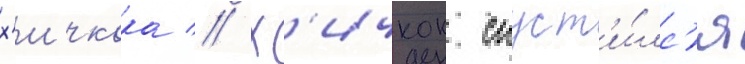
х'ичкока // Х'ичкок спуст'и́лс'я